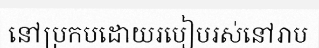
នៅប្រកបដោយរបៀបរស់នៅរាប